Annual report of the Civil Veterinary Department, Bengal, and of the Bengal Veterinary College, for the year 1900-1901 - 1900-1901
Year: 1900
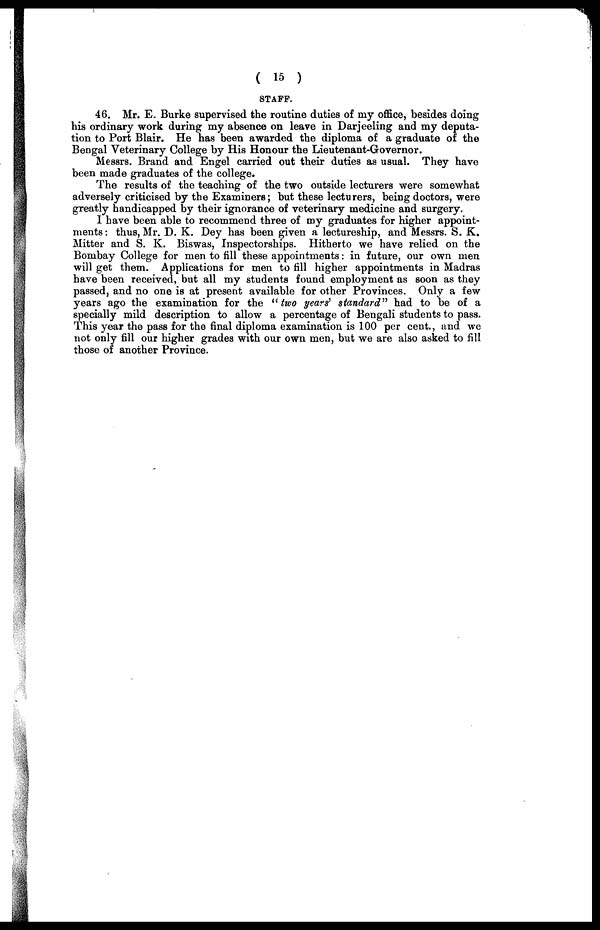
( 15 )
STAFF.
46. Mr. E. Burke supervised the routine duties of my office, besides doing
his ordinary work during my absence on leave in Darjeeling and my deputa-
tion to Port Blair. He has been awarded the diploma of a graduate of the
Bengal Veterinary College by His Honour the Lieutenant-Governor.
Messrs. Brand and Engel carried out their duties as usual. They have
been made graduates of the college.
The results of the teaching of the two outside lecturers were somewhat
adversely criticised by the Examiners; but these lecturers, being doctors, were
greatly handicapped by their ignorance of veterinary medicine and surgery.
I have been able to recommend three of my graduates for higher appoint-
ments: thus, Mr. D. K. Dey has been given a lectureship, and Messrs. S. K.
Mitter and S. K. Biswas, Inspectorships. Hitherto we have relied on the
Bombay College for men to fill these appointments: in future, our own men
will get them. Applications for men to fill higher appointments in Madras
have been received, but all my students found employment as soon as they
passed, and no one is at present available for other Provinces. Only a few
years ago the examination for the " two years' standard" had to be of a
specially mild description to allow a percentage of Bengali students to pass.
This year the pass for the final diploma examination is 100 per cent., and we
not only fill our higher grades with our own men, but we are also asked to fill
those of another Province.